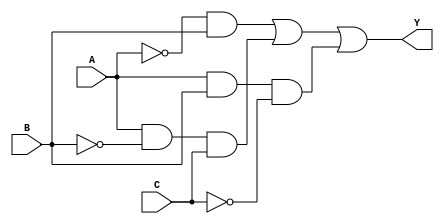
module combinational_logic (
    input wire A,  // Input A
    input wire B,  // Input B
    input wire C,  // Input C
    output wire Y  // Output Y
);

// Intermediate wires for prime implicants
wire p1; // Prime implicant 1
wire p2; // Prime implicant 2
wire p3; // Prime implicant 3

// Essential prime implicants
// Example: Y = A'B + AB'C + ABC' (this is just a sample and should be replaced with actual implicants)

// Prime implicant 1 (A'B)
assign p1 = ~A & B;

// Prime implicant 2 (AB'C)
assign p2 = A & ~B & C;

// Prime implicant 3 (ABC')
assign p3 = A & B & ~C;

// Final output Y is an OR of the prime implicants
assign Y = p1 | p2 | p3;

endmodule